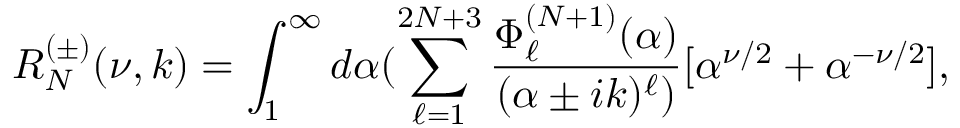
R _ { N } ^ { ( \pm ) } ( \nu , k ) = \int _ { 1 } ^ { \infty } d \alpha ( \sum _ { \ell = 1 } ^ { 2 N + 3 } \frac { \Phi _ { \ell } ^ { ( N + 1 ) } ( \alpha ) } { ( \alpha \pm i k ) ^ { \ell } ) } [ \alpha ^ { \nu / 2 } + \alpha ^ { - \nu / 2 } ] ,